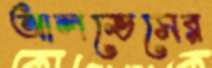
আলভেসের